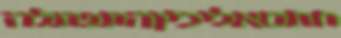
חתםאליכיןהתפתלה